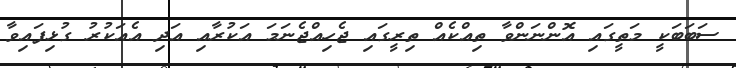
ސަބަބަކީ މަތީގައި އޮންނަންވާ ތިއްކެއް ތިރީގައި ޖެހިއްޖެނަމަ އަކުރާއި އަދި އެއަކުރު ގުޅިފައިވާ